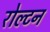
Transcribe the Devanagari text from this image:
रोल्टन